Report on vaccination in Madras 1877-1894 - 1877-1894
Year: 1877
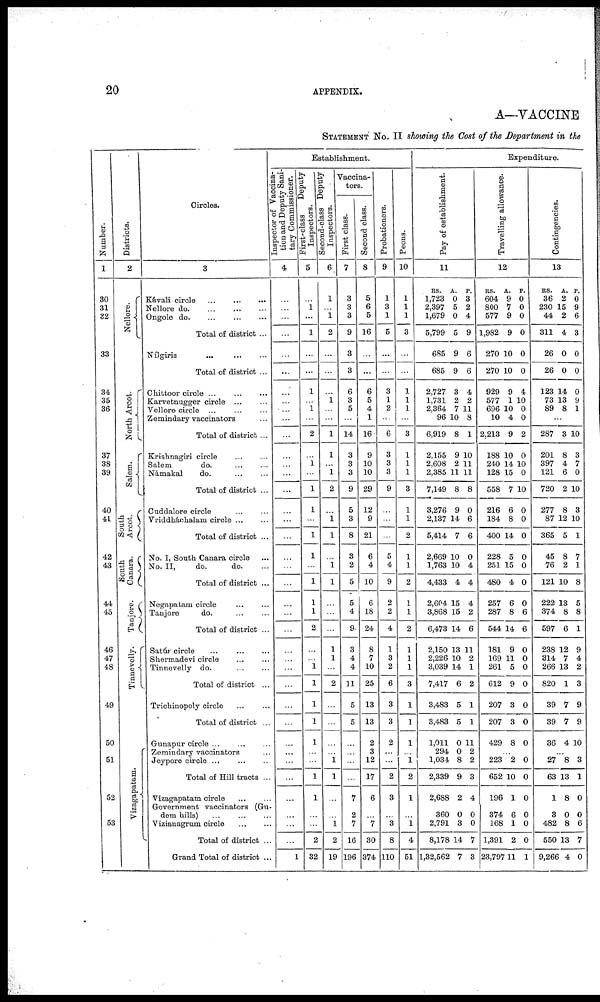
20
APPENDIX.
A—VACCINE
STATEMENT No. II showing the Cost of the Department in the
Number.
1
30
31
32
33
34
35
36
37
38
39
40
41
42
43
44
45
46
47
48
49
50
51
52
53
Districts.
2
Nellore.
North Arcot.
Salem.
South
Arcot.
South
Canara.
Tanjore.
Tinnevelly.
Vizagapatam.
Circles.
3
Kávali circle
...
...
...
Nellore do. ... ... ...
Ongole do. ... ... ...
Total of district ...
Nílgiris
...
...
...
Total of district ...
Chittoor circle ...
...
...
Karvetnugger circle ... ...
Vellore circle ... ... ...
Zemindary vaccinators ...
Total of district ...
Krishnagiri circle ... ...
Salem
do. ... ...
Námakal
do.
...
...
Total of district ...
Cuddalore circle ... ...
Vriddháchalam circle ... ...
Total of district ...
No. I, South Canara circle
No. II,
do.
do. ...
Total of district ...
Negapatam circle ... ...
Tanjore
do. ... ...
Total of district ...
Satúr circle ... ... ...
Shermadevi circle ... ...
Tinnevelly do. ... ...
Total of district ...
Trichinopoly circle ... ...
Total of district ...
Gunapur circle ... ... ...
Zemindary vaccinators ...
Jeypore circle
...
...
...
Total of Hill tracts ...
Vizagapatam circle
...
...
Government vaccinators (Gu¬
dem hills) ... ... ...
Vizianagrum circle
...
...
Total of district ...
Grand Total of district ...
Establishment.
Inspector of Vaccina¬
tion and Deputy Sani-
tary Commissioner.
4
...
...
...
...
...
...
...
...
...
...
...
...
...
...
...
...
...
...
...
...
...
...
...
...
...
...
...
...
...
...
...
...
...
...
...
...
...
...
1
First -class
Deputy
Inspectors.
5
...
1
...
1
...
...
1
...
1
...
2
...
1
...
1
1
...
1
1
...
1
1
1
2
...
...
1
1
1
1
1
...
...
1
1
...
...
2
32
Second-class Deputy
Inspectors.
6
1
...
1
2
...
...
...
1
...
...
1
1
...
1
2
...
1
1
...
1
1
...
...
...
1
1
...
2
...
...
...
...
1
1
...
...
1
2
19
Vaccina-
tors.
First class.
7
3
3
3
9
3
3
6
3
5
...
14
3
3
3
9
5
3
8
3
2
5
5
4
9
3
4
4
11
5
5
...
...
...
...
7
2
7
16
196
Second class.
8
5
6
5
16
...
...
6
5
4
1
16
9
10
10
29
12
9
21
6
4
10
6
18
24
8
7
10
25
13
13
2
3
12
17
6
...
7
30
374
Probationers.
9
1
3
1
5
...
...
3
1
2
...
6
3
3
3
9
...
...
...
5
4
9
2
2
4
1
3
2
6
3
3
2
...
...
2
3
...
3
8
110
Peons.
10
1
1
2
3
...
...
1
1
1
...
3
1
1
1
3
1
1
2
1
1
2
1
1
2
1
1
1
3
1
1
1
...
1
2
1
...
1
4
51
Expenditure.
Pay of establishment.
11
RS.
1,723
2,397
1,679
5,799
685
685
2,727
1,731
2,364
96
6,919
2,155
2,608
2,385
7,149
3,276
2,137
5,414
2,669
1,763
4,433
2,604
3,868
6,473
2,150
2,226
3,039
7,417
3,483
3,483
1,011
294
1,034
2,339
2,688
360
2,791
8,178
1,32,562
A.
0
5
0
5
9
9
3
2
7
10
8
9
2
11
8
9
14
7
10
10
4
15
15
14
13
10
14
6
5
5
0
0
8
9
2
0
3
14
7
P.
3
2
4
9
6
6
4
2
11
8
1
10
11
11
8
0
6
6
0
4
4
4
2
6
11
2
1
2
1
1
11
2
2
3
4
0
0
7
3
Travelling allowance.
12
RS.
604
800
577
1,982
270
270
929
577
696
10
2,213
188
240
128
558
216
184
400
228
251
480
257
287
544
181
169
261
612
207
207
429
A.
9
7
9
9
10
10
9
1
10
4
9
10
14
15
7
6
8
14
5
15
4
6
8
14
9
11
5
9
3
3
8
P.
0
0
0
0
0
0
4
10
0
0
2
0
10
0
10
0
0
0
0
0
0
0
6
6
0
0
0
0
0
0
0
...
223
652
196
374
168
1,391
23,797
2
10
1
6
1
2
11
0
0
0
0
0
0
1
Contingencies.
13
RS.
36
230
44
311
26
26
123
73
89
A.
2
15
2
4
0
0
14
13
8
P.
0
9
6
3
0
0
0
9
1
...
287
201
397
121
720
277
87
365
45
76
121
222
374
597
238
314
266
820
39
39
36
3
8
4
6
2
8
12
5
8
2
10
13
8
6
12
7
13
1
7
7
4
10
3
7
0
10
3
10
1
7
1
8
5
8
1
9
4
2
3
9
9
10
...
27
63
1
3
482
550
9,266
8
13
8
0
8
13
4
3
1
0
0
6
7
0